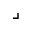
\lrcorner